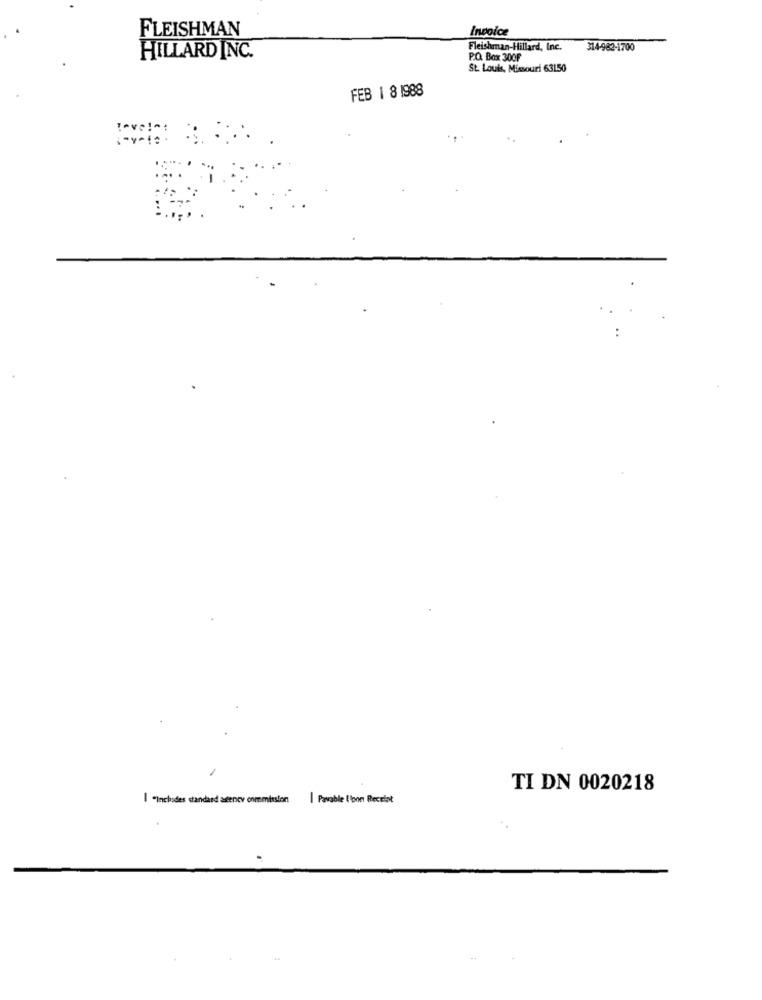
FLEISHMAN
Invoice
Fleishman-Hillard, Inc.
314-982-1700
HILLARD INC.
P.O. Box 300F
St. Louis, Missouri 63150
FEB 1 8 1988
Tove !-:
TI DN 0020218
I "Includes standard agency commission | Pavable Iloon Receipt